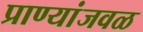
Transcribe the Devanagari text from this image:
प्राण्यांजवळ